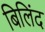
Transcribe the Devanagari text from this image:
बिलिंद